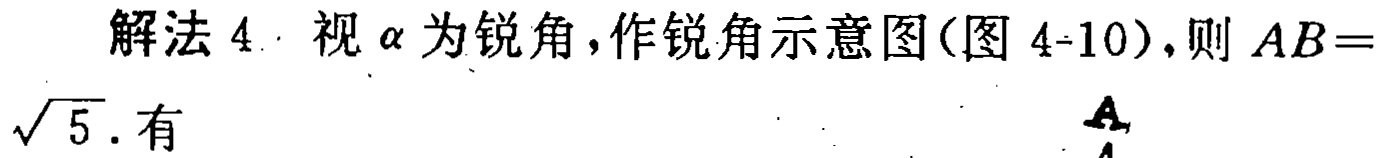
解法 4. 视\(\alpha\)为锐角,作锐角示意图(图 4-10),则 \(AB = \sqrt{5}\). 有